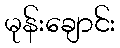
မုန်းချောင်း